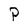
Character: P